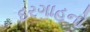
દરગાહનો